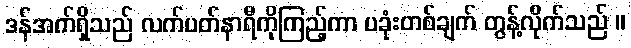
ဒန်အက်ရှိသည် လက်ပတ်နာရီကိုကြည့်ကာ ပခုံးတစ်ချက် တွန့်လိုက်သည် ။